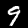
Label: 9